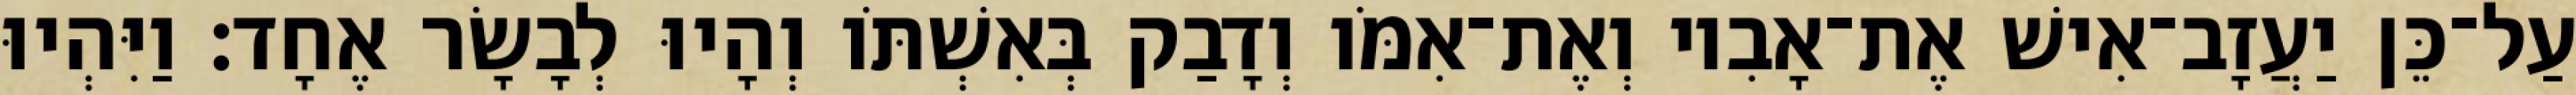
עַל־כֵּן יַעֲזָב־אִישׁ אֶת־אָבִיו וְאֶת־אִמֹּו וְדָבַק בְּאִשְׁתֹּו וְהָיוּ לְבָשָׂר אֶחָד׃ וַיִּהְיוּ